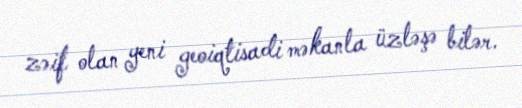
zəif olan yeni geoiqtisadi məkanla üzləşə bilər.